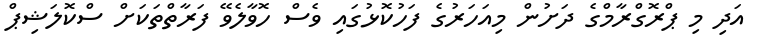
އަދި މި ޕްރޮގްރާމްގެ ދަށުން މިއަހަރުގެ ފަހުކޮޅުގައި ވެސް ހޮވާލެވޭ ފަރާތްތަކަށް ސްކޮލަޝިޕް